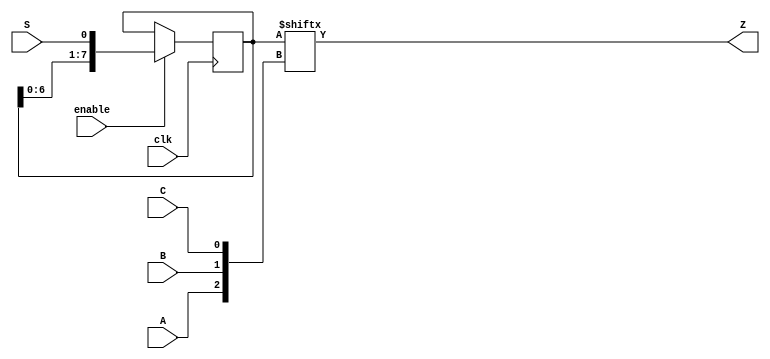
module top_module (
    input clk,
    input enable,
    input S,
    input A, B, C,
    output Z ); 

	reg [7:0] q;	
	// The final circuit is a shift register attached to a 8-to-1 mux.
	// Create a 8-to-1 mux that chooses one of the bits of q based on the three-bit number {A,B,C}:
	// There are many other ways you could write a 8-to-1 mux
	// (e.g., combinational always block -> case statement with 8 cases).
	assign Z = q[ {A, B, C} ];
	// Edge-triggered always block: This is a standard shift register (named q) with enable.
	// When enabled, shift to the left by 1 (discarding q[7] and and shifting in S).
	always @(posedge clk) begin
		if (enable)
			q <= {q[6:0], S};	
	end


    // reg [7:0] Q;
    // always @(posedge clk) begin
    //     if (enable)begin
    //         Q[7:0]<={Q[6:0], S};
    //     end
    //     else begin Q<=Q;end
    // end

    // wire [2:0] D_input={A, B, C};
    // always @(*) begin
    //     case(D_input)
    //         3'd0: Z=Q[0];
    //         3'd1: Z=Q[1];
    //         3'd2: Z=Q[2];
    //         3'd3: Z=Q[3];
    //         3'd4: Z=Q[4];
    //         3'd5: Z=Q[5];
    //         3'd6: Z=Q[6];
    //         3'd7: Z=Q[7];
    //     endcase
    // end

endmodule